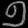
Digit: ၅